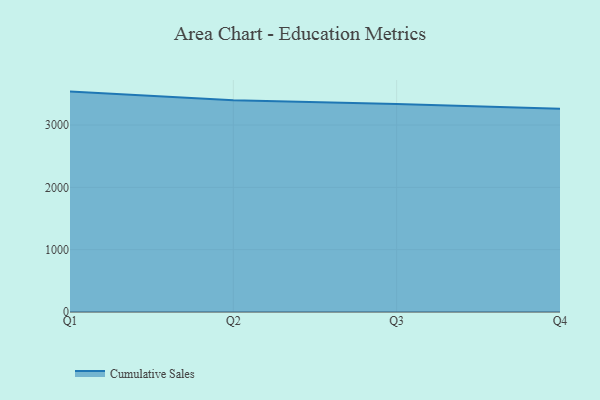
{"axis": {"x": "Quarter", "y": "Latency (ms)"}, "legend": ["Cumulative Sales"], "data": [{"x": "Q1", "y": 3536.2, "type": "Cumulative Sales"}, {"x": "Q2", "y": 3398.9, "type": "Cumulative Sales"}, {"x": "Q3", "y": 3337.7, "type": "Cumulative Sales"}, {"x": "Q4", "y": 3260.0, "type": "Cumulative Sales"}]}